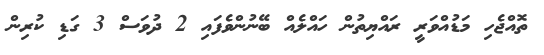
ތޮއްޖެހި މަޑުއްވަރީ ރައްޔިތުން ހައްލެއް ބޭނުންވެފައި 2 ދުވަސް 3 ގަޑި ކުރިން